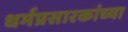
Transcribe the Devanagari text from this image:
धर्मप्रसारकांच्या